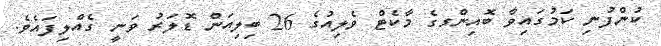
ކުންފުނި ކަމުގައިވާ ބޮއިންގގެ މާކެޓް ވެލިއުގެ 26 ބިލިއަން ޑޮލަރު ވަނީ ގެއްލިފައެވެ.